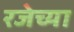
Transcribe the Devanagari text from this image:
रजेच्या